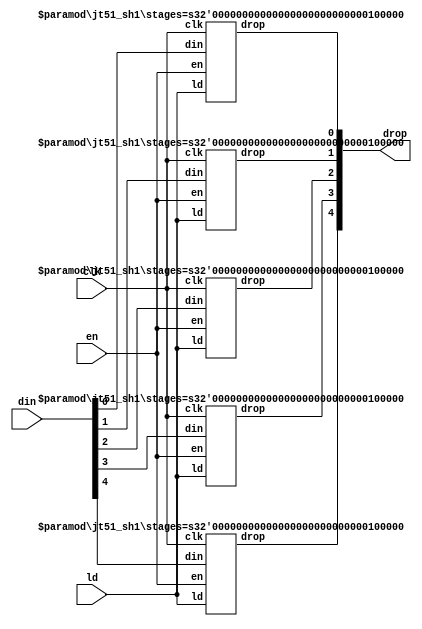
/*
  
   Multicore 2 / Multicore 2+
  
   Copyright (c) 2017-2020 - Victor Trucco

  
   All rights reserved
  
   Redistribution and use in source and synthezised forms, with or without
   modification, are permitted provided that the following conditions are met:
  
   Redistributions of source code must retain the above copyright notice,
   this list of conditions and the following disclaimer.
  
   Redistributions in synthesized form must reproduce the above copyright
   notice, this list of conditions and the following disclaimer in the
   documentation and/or other materials provided with the distribution.
  
   Neither the name of the author nor the names of other contributors may
   be used to endorse or promote products derived from this software without
   specific prior written permission.
  
   THIS CODE IS PROVIDED BY THE COPYRIGHT HOLDERS AND CONTRIBUTORS "AS IS"
   AND ANY EXPRESS OR IMPLIED WARRANTIES, INCLUDING, BUT NOT LIMITED TO,
   THE IMPLIED WARRANTIES OF MERCHANTABILITY AND FITNESS FOR A PARTICULAR
   PURPOSE ARE DISCLAIMED. IN NO EVENT SHALL THE AUTHOR OR CONTRIBUTORS BE
   LIABLE FOR ANY DIRECT, INDIRECT, INCIDENTAL, SPECIAL, EXEMPLARY, OR
   CONSEQUENTIAL DAMAGES (INCLUDING, BUT NOT LIMITED TO, PROCUREMENT OF
   SUBSTITUTE GOODS OR SERVICES; LOSS OF USE, DATA, OR PROFITS; OR BUSINESS
   INTERRUPTION) HOWEVER CAUSED AND ON ANY THEORY OF LIABILITY, WHETHER IN
   CONTRACT, STRICT LIABILITY, OR TORT (INCLUDING NEGLIGENCE OR OTHERWISE)
   ARISING IN ANY WAY OUT OF THE USE OF THIS SOFTWARE, EVEN IF ADVISED OF THE
   POSSIBILITY OF SUCH DAMAGE.
  
   You are responsible for any legal issues arising from your use of this code.
  
*//*  This file is part of JT51.

    JT51 is free software: you can redistribute it and/or modify
    it under the terms of the GNU General Public License as published by
    the Free Software Foundation, either version 3 of the License, or
    (at your option) any later version.

    JT51 is distributed in the hope that it will be useful,
    but WITHOUT ANY WARRANTY; without even the implied warranty of
    MERCHANTABILITY or FITNESS FOR A PARTICULAR PURPOSE.  See the
    GNU General Public License for more details.

    You should have received a copy of the GNU General Public License
    along with JT51.  If not, see <http://www.gnu.org/licenses/>.
	
	Author: Jose Tejada Gomez. Twitter: @topapate
	Version: 1.0
	Date: 27-10-2016
	*/
	
`timescale 1ns / 1ps

module jt51_sh2 #(parameter width=5, stages=32 )
(
	input 							clk,
	input							en,
	input							ld,
	input		[width-1:0]			din,
   	output		[width-1:0]			drop
);

genvar i;
generate
	for( i=0; i<width; i=i+1) begin: shifter
		jt51_sh1 #(.stages(stages)) u_sh1(
			.clk	( clk 	 ),
			.en		( en  	 ),
			.ld		( ld	 ),
			.din	( din[i] ),
			.drop	( drop[i])
		);
	end
endgenerate

endmodule

module jt51_sh1 #(parameter stages=32)
(
	input 	clk,
	input	en,
	input	ld,
	input	din,
   	output	drop
);

reg	[stages-1:0] shift;
assign drop = shift[0];
wire next = ld ? din : drop;

always @(posedge clk ) 
	if( en )
		shift <= {next, shift[stages-1:1]};

endmodule